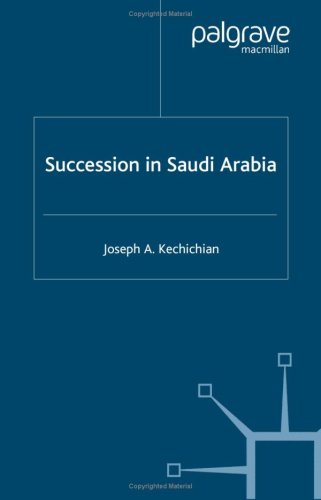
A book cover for Succession In Saudi Arabia; Joseph A. Kechichian; History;